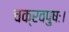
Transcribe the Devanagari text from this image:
चक्रवपुषः।